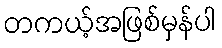
တကယ့်အဖြစ်မှန်ပါ